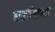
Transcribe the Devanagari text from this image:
एडीएफ